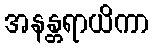
အနန္တရာယိကာ